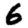
Digit: 6